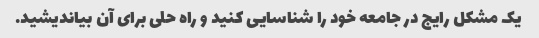
یک مشکل رایج در جامعه خود را شناسایی کنید و راه حلی برای آن بیاندیشید.